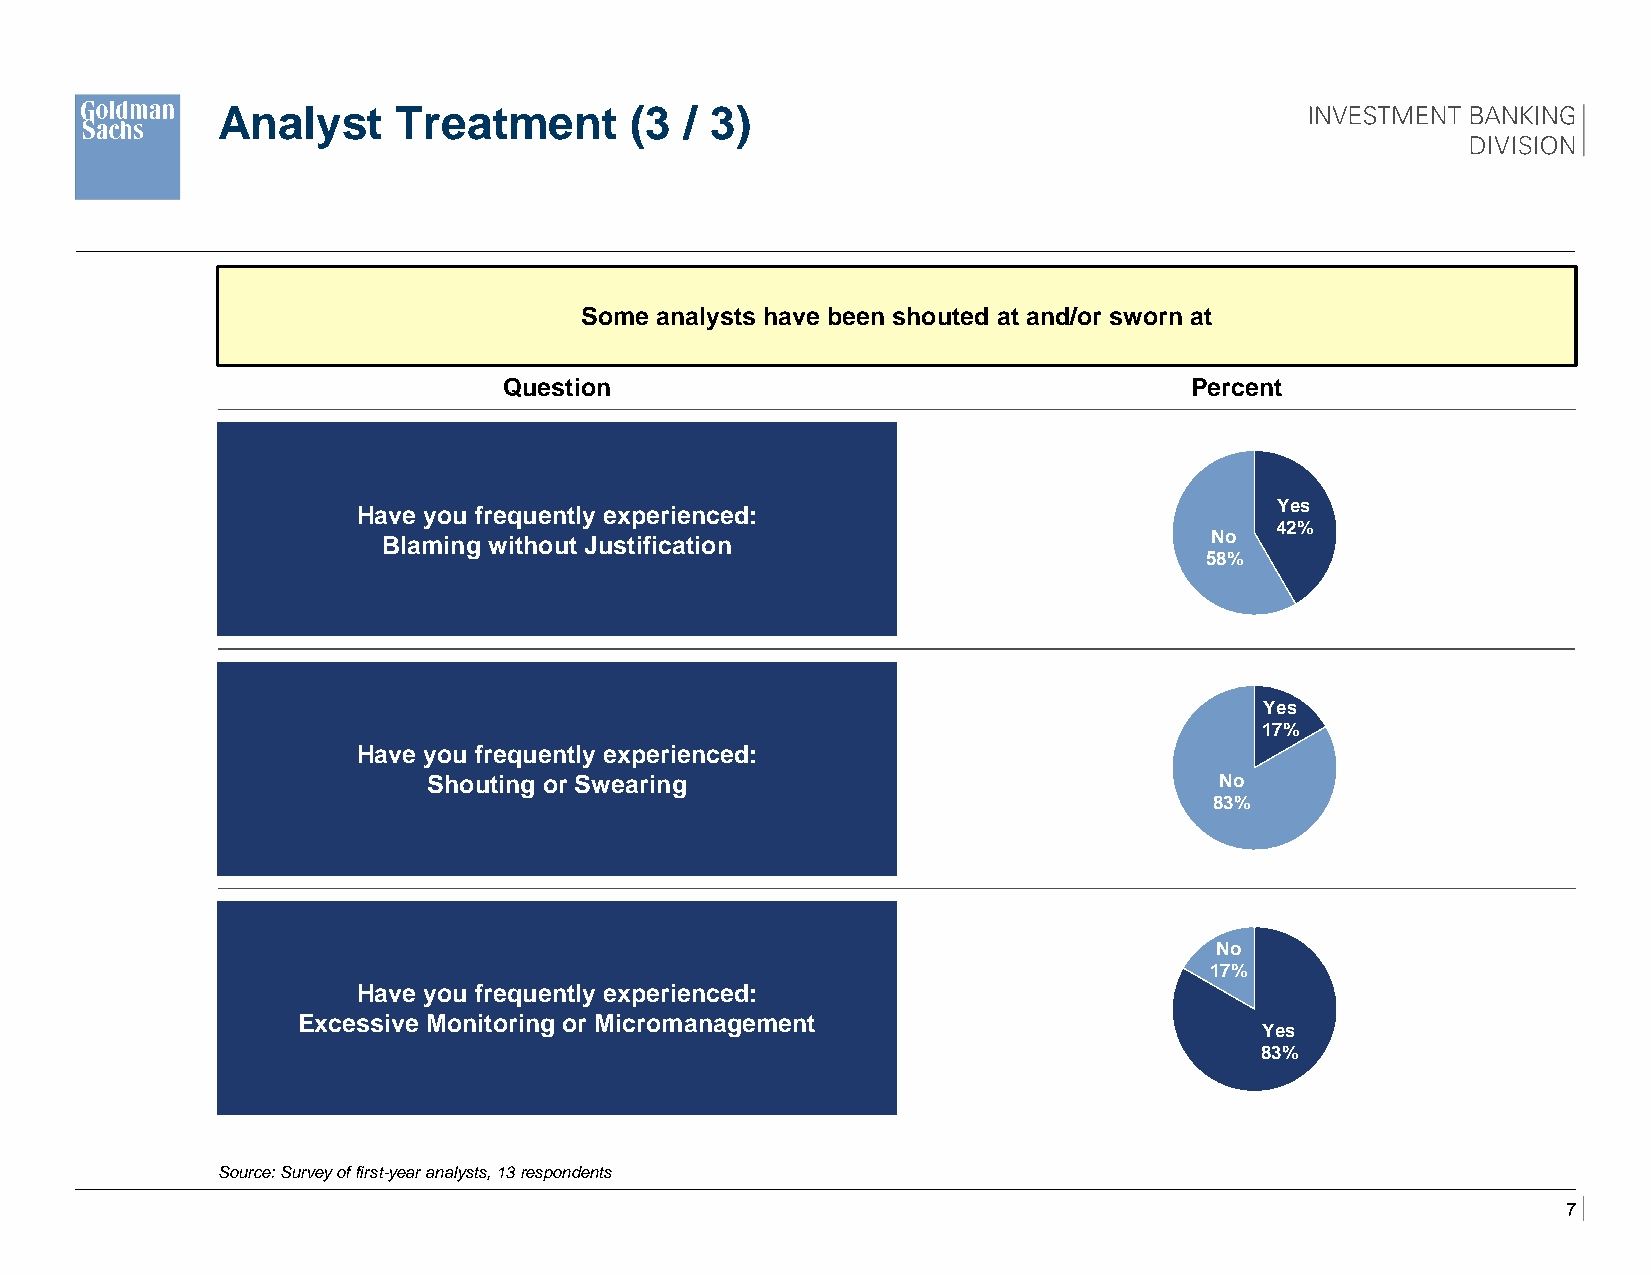
Analyst     Treatment       (3 / 3)
 Some analysts have been shouted at and/or sworn at
 Question                                      Percent
 How many hours have
 Have you frequently experienced:
 Blaming without Justification
 Have you frequently experienced:
 Shouting or Swearing
 ​No
 17%
 Have you frequently experienced:
 Excessive Monitoring or Micromanagement
 ​Yes
 83%
 Source: Survey of first-year analysts, 13 respondents
 7
 ​N o5
 8 %
 ​N o8
 3 %
 ​Y1
 ​Y e4
 2
 e s7
 %
 s%